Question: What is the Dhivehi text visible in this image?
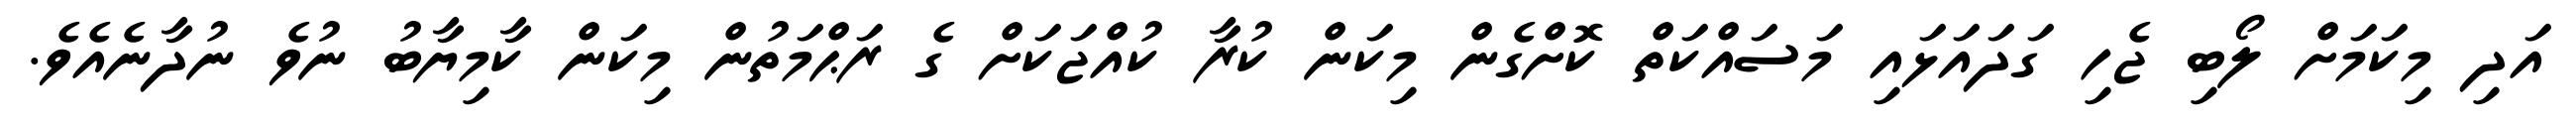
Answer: އަދި މިކަމަށް ލޯބި ޖެހި ގަދައަޅައި މަސައްކަތް ކޮށްގެން މިކަން ކުރާ ކުއްޖަކަށް ގެ ރަޙްމަތުން މިކަން ކާމިޔާބު ނުވެ ނުދާނެއެވެ.